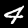
Label: 4